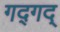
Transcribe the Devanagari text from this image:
गद्‍गद्